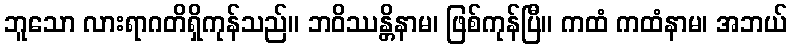
ဘူသော လားရာဂတိရှိကုန်သည်။ ဘဝိဿန္တိနာမ၊ ဖြစ်ကုန်ပြီ။ ကထံ ကထံနာမ၊ အဘယ်